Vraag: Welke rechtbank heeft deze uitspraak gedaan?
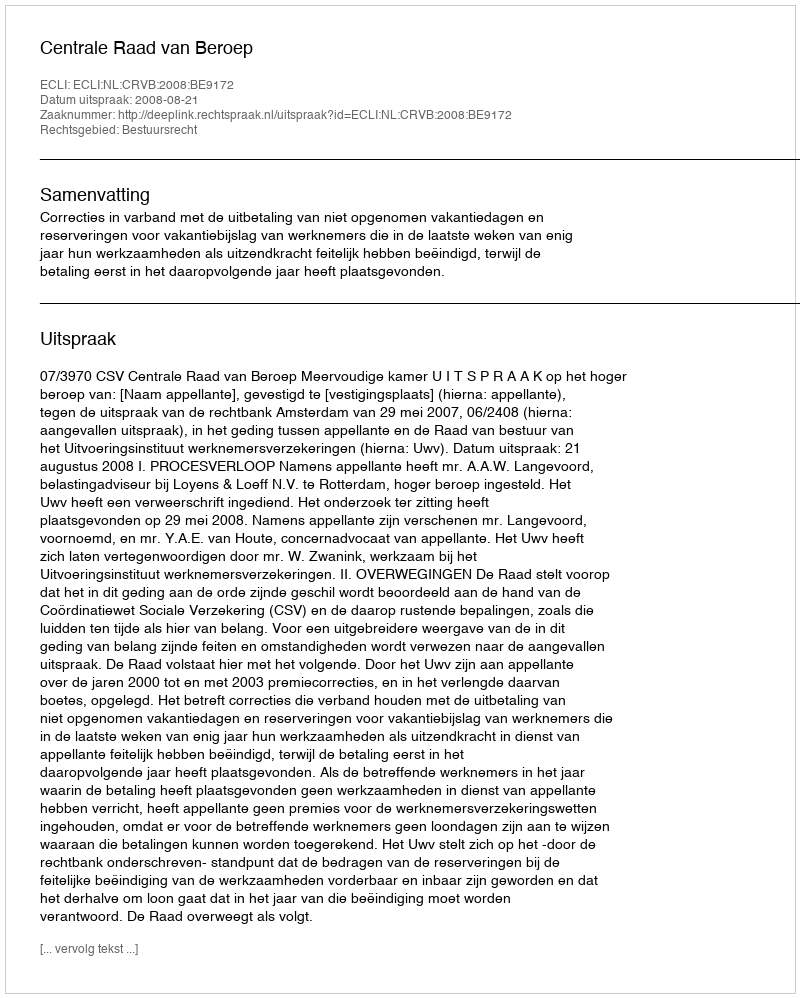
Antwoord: Centrale Raad van Beroep